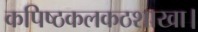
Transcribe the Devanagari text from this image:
कपिष्ठकलकठशाखा।